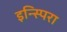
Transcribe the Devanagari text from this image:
इन्स्पिरा